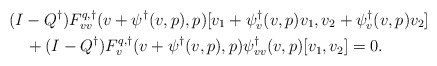
\begin{align*}&(I-Q^\dagger)F^{q,\dagger}_{vv}(v+\psi^\dagger(v,p),p)[v_1 + \psi^\dagger_v(v,p)v_1, v_2 + \psi^\dagger_v(v,p)v_2]\\ &\quad+ (I-Q^\dagger)F^{q,\dagger}_v(v + \psi^\dagger(v,p),p)\psi^\dagger_{vv}(v,p)[v_1,v_2] = 0.\end{align*}